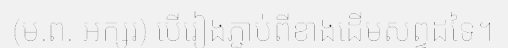
(ម.ព. អក្សរ) បើរៀងភ្ជាប់ពីខាងដើមសព្ទដទៃ។